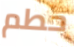
حطم